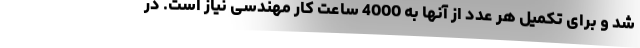
شد و برای تکمیل هر عدد از آنها به 4000 ساعت کار مهندسی نیاز است. در